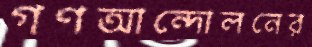
গণআন্দোলনের